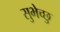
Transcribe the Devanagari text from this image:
सुभेच्छु